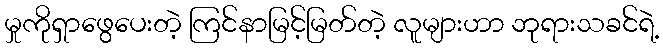
မှုကိုရှာဖွေပေးတဲ့ ကြင်နာမြင့်မြတ်တဲ့ လူများဟာ ဘုရားသခင်ရဲ့